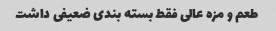
طعم و مزه عالی فقط بسته بندی ضعیفی داشت